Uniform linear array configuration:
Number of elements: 48
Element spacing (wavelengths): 1
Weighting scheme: hann
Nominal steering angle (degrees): -30
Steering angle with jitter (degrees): -29.027
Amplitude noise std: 0.05
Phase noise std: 0.05

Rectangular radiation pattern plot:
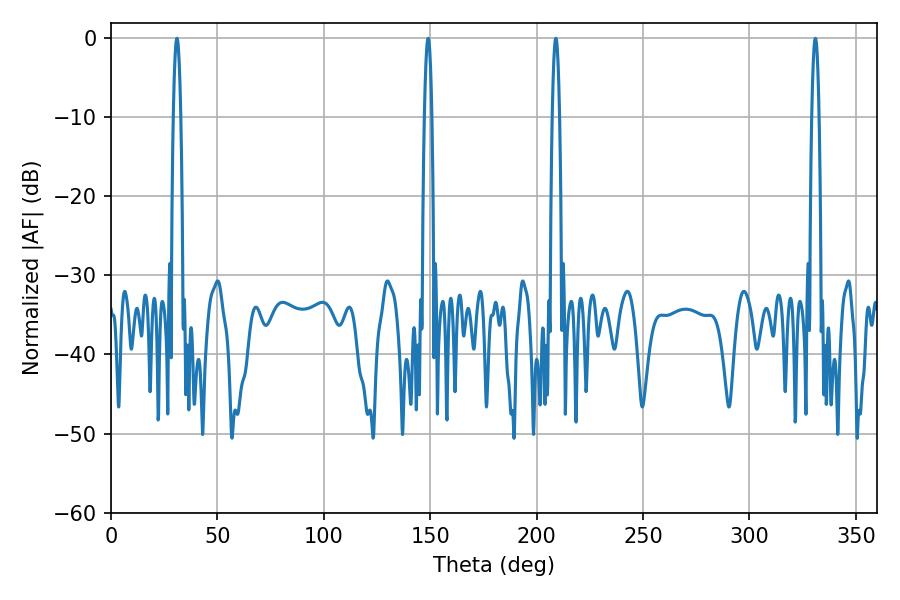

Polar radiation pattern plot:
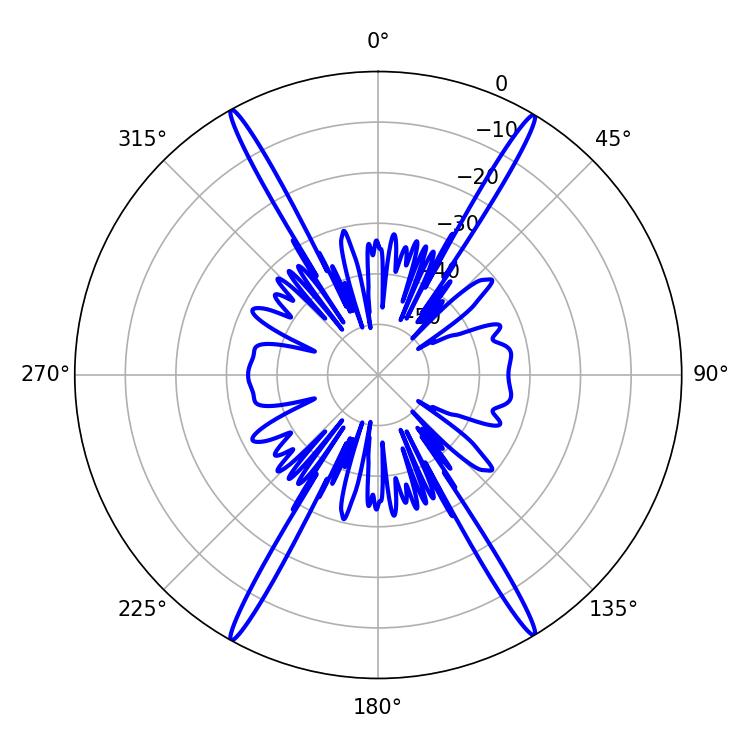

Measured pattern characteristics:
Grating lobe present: TRUE
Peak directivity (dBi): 28.329
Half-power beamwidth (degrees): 1.8
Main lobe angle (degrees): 30.96